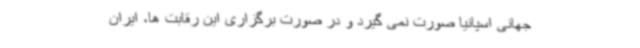
جهانی اسپانیا صورت نمی گیرد و در صورت برگزاری این رقابت ها، ایران